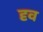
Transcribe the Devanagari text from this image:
दृव